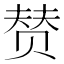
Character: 𰷣